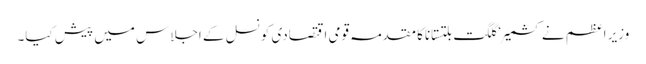
وزیر اعظم نے کشمیر ‘ گلگت بلتستاناکا مقدمہ قومی اقتصادی کونسل کے اجلاس میں پیش کیا۔